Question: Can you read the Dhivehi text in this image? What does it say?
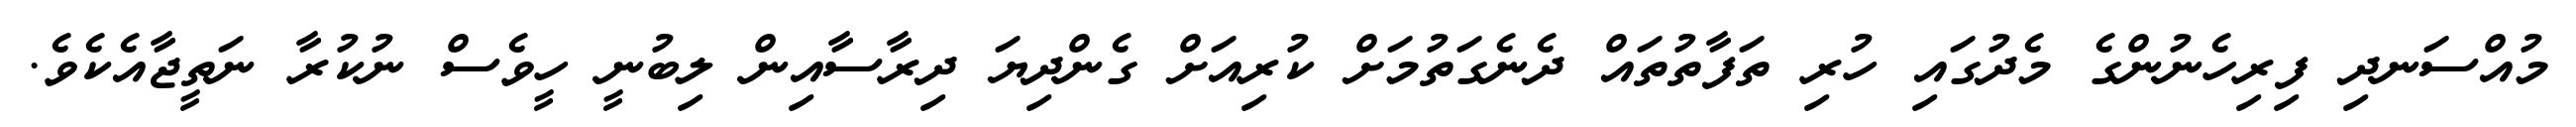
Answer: މުއްސަނދި ފިރިހެނުންގެ މެދުގައި ހުރި ތަފާތުތައް ދެނެގަތުމަށް ކުރިއަށް ގެންދިޔަ ދިރާސާއިން ލިބުނީ ހީވެސް ނުކުރާ ނަތީޖާއެކެވެ.